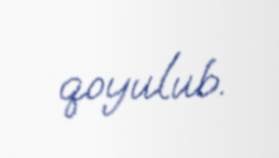
qoyulub.